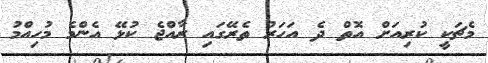
މެޗަކީ ކުރިއަށް އޮތް ދެ އަހަރު ތެރޭގައި ރާއްޖެ ކުޅޭ އެންމެ މުހިއްމު